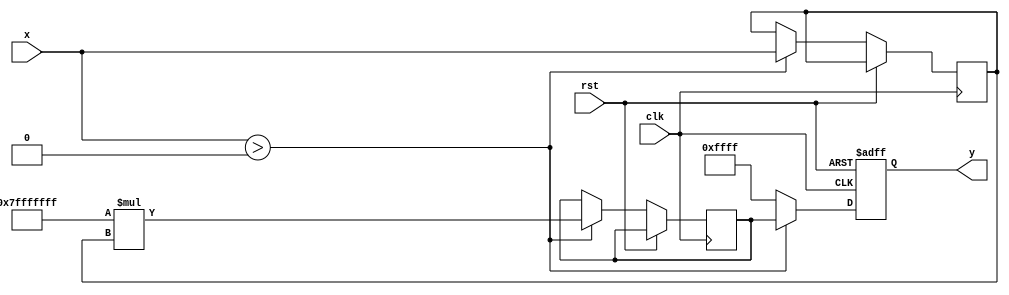
module fractional_order_reciprocal #(
    parameter INPUT_WIDTH = 16,  // Bit-width of the input
    parameter OUTPUT_WIDTH = 16,  // Bit-width of the output
    parameter N = 1,               // Numerator of fractional power
    parameter M = 2                // Denominator of fractional power
)(
    input  wire [INPUT_WIDTH-1:0]  x,  // Input value
    output reg  [OUTPUT_WIDTH-1:0]  y,  // Output value (reciprocal of x^(n/m))
    input  wire                     clk, // Clock signal
    input  wire                     rst  // Reset signal
);

    reg [INPUT_WIDTH-1:0] ln_x;            // Logarithm of x
    reg [INPUT_WIDTH-1:0] exp_value;       // Exponential value (to be calculated)
    
    // Approximate logarithm (placeholder)
    function [INPUT_WIDTH-1:0] log;
        input [INPUT_WIDTH-1:0] val;
        begin
            // Placeholder for logarithmic calculation, replace with an accurate implementation
            log = val; // <-- Replace this line with actual log calculation
        end
    endfunction

    // Approximate exponential (placeholder)
    function [OUTPUT_WIDTH-1:0] exp;
        input [INPUT_WIDTH-1:0] val;
        begin
            // Placeholder for exponential calculation, replace with an accurate implementation
            exp = val; // <-- Replace this line with actual exp calculation
        end
    endfunction

    always @(posedge clk or posedge rst) begin
        if (rst) begin
            y <= 0;
        end else begin
            if (x > 0) begin
                ln_x <= log(x); // Compute ln(x)
                exp_value <= exp(-N/M * ln_x); // Compute exp(-n/m * ln(x))
                y <= exp_value; // Assign output
            end else begin
                y <= 16'hFFFF; // Error handling for non-positive input
            end
        end
    end

endmodule